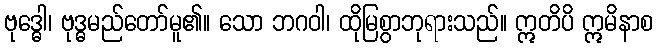
ဗုဒ္ဓေါ၊ ဗုဒ္ဓမည်တော်မူ၏။ သော ဘဂဝါ၊ ထိုမြစွာဘုရားသည်။ ဣတိပိ ဣမိနာစ